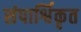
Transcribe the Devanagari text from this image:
संपार्श्विकृत